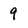
Character: 9